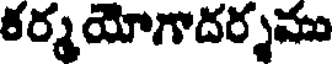
కర్మయోగాదర్శము